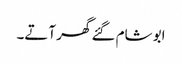
ابو شام گئے گھر آتے۔